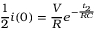
\frac { 1 } { 2 } i ( 0 ) = \frac { V } { R } e ^ { - \frac { t _ { 2 } } { R C } }